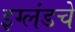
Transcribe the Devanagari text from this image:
इग्लंडचे